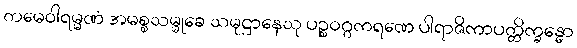
တမေဝါရမ္မဏံ အမစ္စသမ္မုခေ သမုဋ္ဌာနေသု ပဉ္စဝဂ္ဂကရဏေ ပါရာဇိကာပတ္တိက္ခန္ဓော